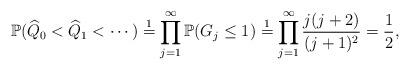
LaTeX: \begin{align*}\mathbb{P}( \widehat{Q}_0 < \widehat{Q}_1 < \cdots) \stackrel{1}{=} \prod_{j=1}^\infty \mathbb{P}(G_j \le 1) \stackrel{1}{=} \prod_{j=1}^\infty \frac{ j(j+2) }{(j+1)^2} = \frac{1}{2},\end{align*}